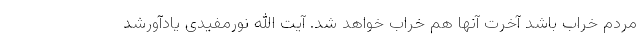
مردم خراب باشد آخرت آنها هم خراب خواهد شد. آیت الله نورمفیدی یادآورشد